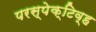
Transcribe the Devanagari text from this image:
परस्पेक्टिव्ह